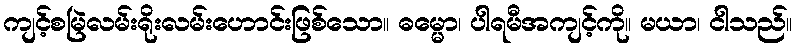
ကျင့်စမြဲလမ်းရိုးလမ်းဟောင်းဖြစ်သော။ ဓမ္မော၊ ပါရမီအကျင့်ကို။ မယာ၊ ငါသည်။